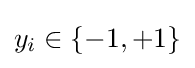
y_{i}\in \{-1,+1\}